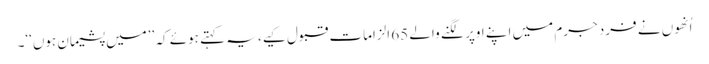
اُنھوں نے فرد جرم میں اپنے اوپر لگنے والے 65 الزامات قبول کیے، یہ کہتے ہوئے کہ ’’میں پشیمان ہوں‘‘۔